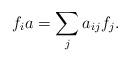
LaTeX: \begin{align*} f_{i}a = \sum_{j} a_{ij}f_{j}.\end{align*}